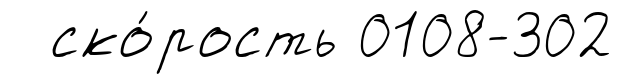
ско́рость 0108-302